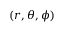
( r , \theta , \phi )